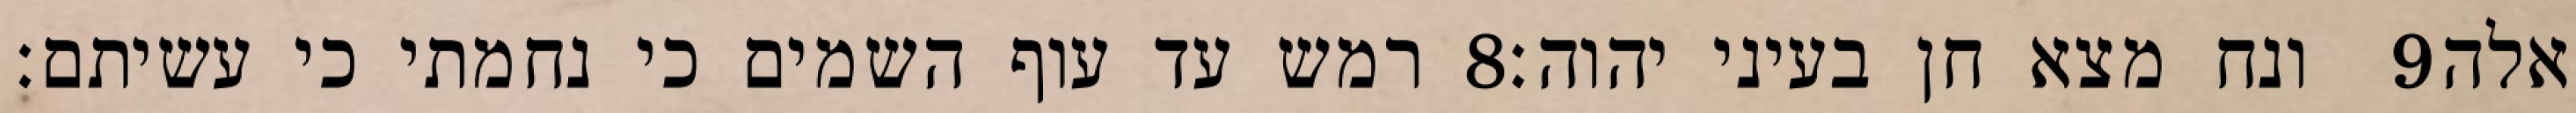
רמש עד עוף השמים כי נחמתי כי עשיתם׃ ‎8‏ ונח מצא חן בעיני יהוה׃ ‎9‏ אלה